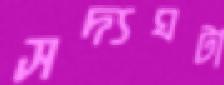
সদ্যঘটা